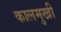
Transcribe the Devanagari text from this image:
कालमुखी